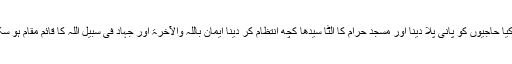
فرمایا کیا حاجیوں کو پانی پلا دینا اور مسجد حرام کا الٹا سیدھا کچھ انتظام کر دینا ایمان باللہ والآخرۃ اور جہاد فی سبیل اللہ کا قائم مقام ہو سکتا ہے؟